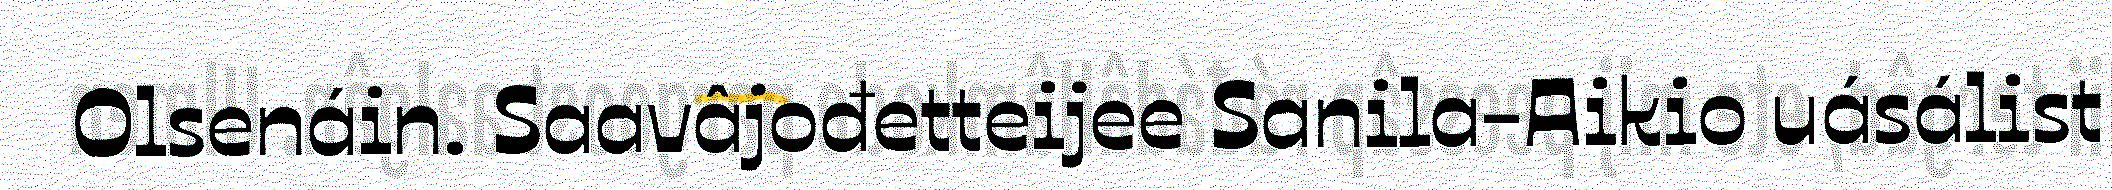
Olsenáin. Saavâjođetteijee Sanila-Aikio uásálist